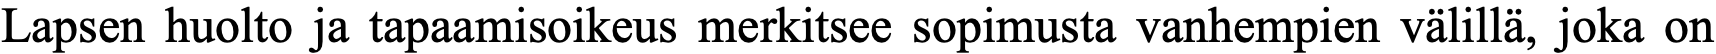
Lapsen huolto ja tapaamisoikeus merkitsee sopimusta vanhempien välillä, joka on